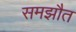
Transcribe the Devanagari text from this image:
समझौत